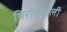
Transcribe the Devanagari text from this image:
पिरोनेवाली